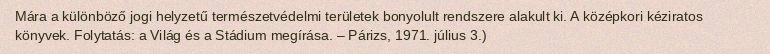
Mára a különböző jogi helyzetű természetvédelmi területek bonyolult rendszere alakult ki. A középkori kéziratos könyvek. Folytatás: a Világ és a Stádium megírása. – Párizs, 1971. július 3.)